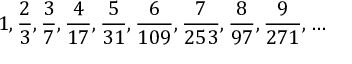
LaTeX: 1 , { \frac { 2 } { 3 } } , { \frac { 3 } { 7 } } , { \frac { 4 } { 1 7 } } , { \frac { 5 } { 3 1 } } , { \frac { 6 } { 1 0 9 } } , { \frac { 7 } { 2 5 3 } } , { \frac { 8 } { 9 7 } } , { \frac { 9 } { 2 7 1 } } , \dots